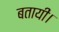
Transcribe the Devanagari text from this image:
बतायीं।